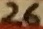
Text: 26